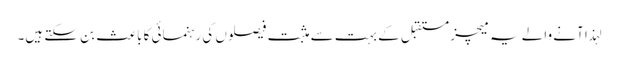
لہذا آنے والے یہ میچز مستقبل کے بہت سے مثبت فیصلوں کی رہنمائی کا باعث بن سکتے ہیں۔